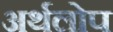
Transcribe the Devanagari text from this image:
अर्थलोप